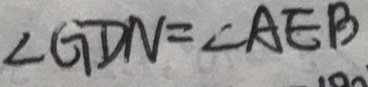
\angle G D N = \angle A E B